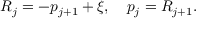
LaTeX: R _ { j } = - p _ { j + 1 } + \xi , ~ ~ ~ p _ { j } = R _ { j + 1 } .